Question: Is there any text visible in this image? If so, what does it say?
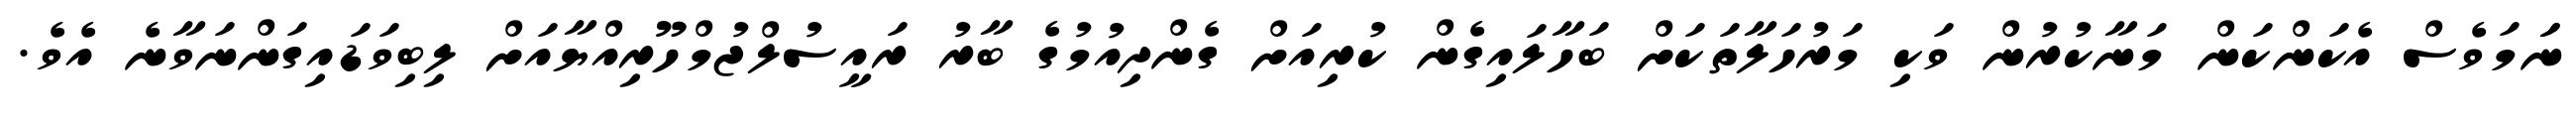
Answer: ނަަމަވެސް އެކަންކަން މަނާކުރުން ވަކި މަރުހަލާތަކަށް ބަހާލައިގެން ކުރިއަށް ގެންދިއުމުގެ ބާރު ރައީސުލްޖުމްހޫރިއްޔާއަށް ލިބިވަޑައިގަންނަވާނެ އެވެ.